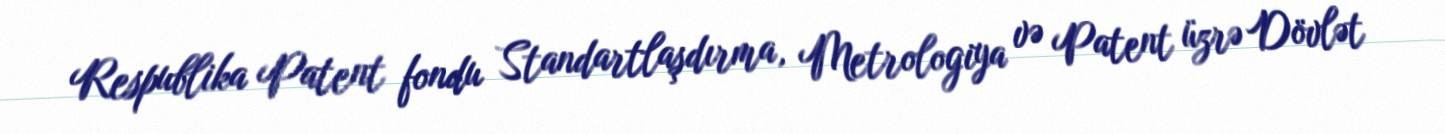
Respublika Patent fondu Standartlaşdırma, Metrologiya və Patent üzrə Dövlət